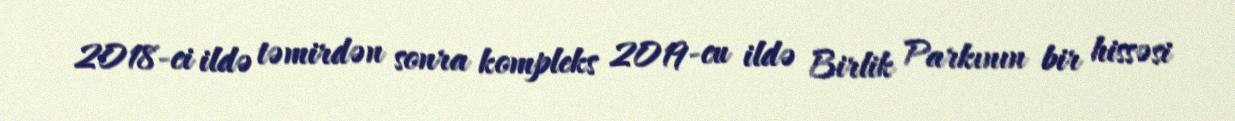
2018-ci ildə təmirdən sonra kompleks 2019-cu ildə Birlik Parkının bir hissəsi